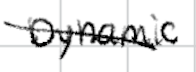
Text: Dynamic
Cross-out: diagonal
Writing tool: digital_black